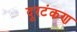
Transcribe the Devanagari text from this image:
दूरटंकण